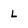
Character: l